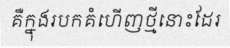
គឺក្នុងរបកគំហើញថ្មីនោះដែរ